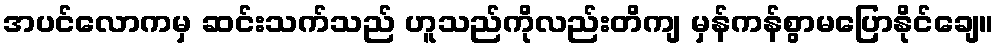
အပင်လောကမှ ဆင်းသက်သည် ဟူသည်ကိုလည်းတိကျ မှန်ကန်စွာမပြောနိုင်ချေ။